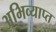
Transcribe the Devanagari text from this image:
अभिव्याप्त